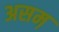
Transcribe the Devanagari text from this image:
असम़